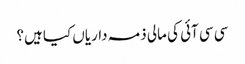
سی سی آئی کی مالی ذمہ داریاں کیا ہیں؟